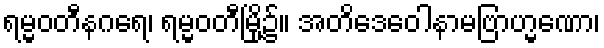
ရမ္မဝတီနဂရေ၊ ရမ္မဝတီမြို့၌။ အတိဒေဝေါနာမဗြာဟ္မဏော၊